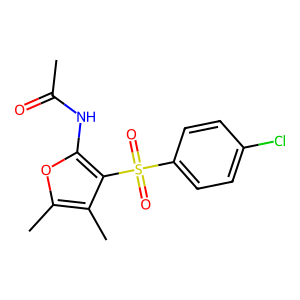
SMILES: CC(=O)Nc1oc(C)c(C)c1S(=O)(=O)c1ccc(Cl)cc1
Inhibits HIV replication: No